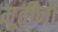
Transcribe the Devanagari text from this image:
मूर्तींनी